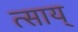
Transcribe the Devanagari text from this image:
त्साय्